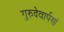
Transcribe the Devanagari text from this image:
गुरुदेवार्पणं